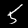
Digit: 5